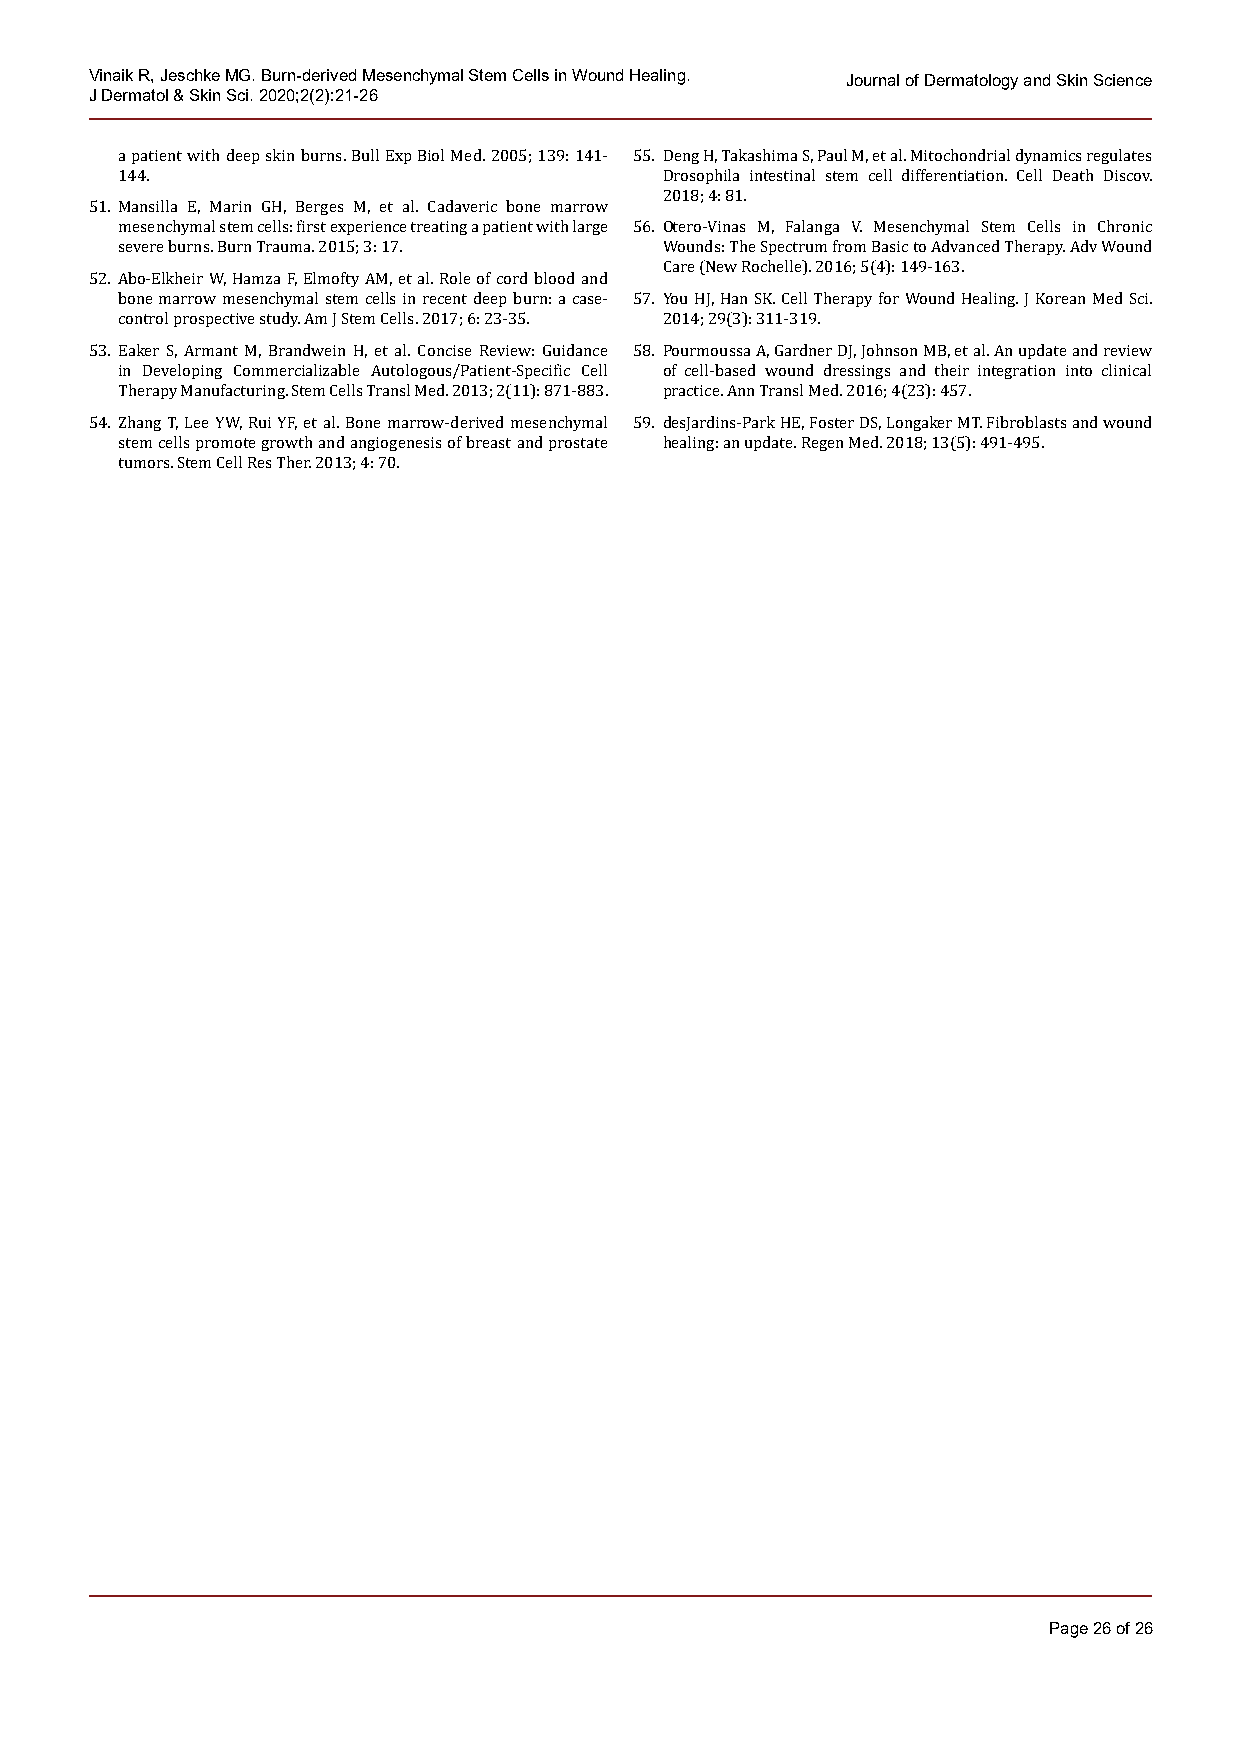
Vinaik R, Jeschke MG. Burn-derived Mesenchymal Stem Cells in Wound Healing. Journal of Dermatology and Skin Science
 J Dermatol & Skin Sci. 2020;2(2):21-26
 a patient with deep skin burns. Bull Exp Biol Med. 2005; 139: 141- 55. Deng H, Takashima S, Paul M, et al. Mitochondrial dynamics regulates
 144.                                Drosophila intestinal stem cell differentiation. Cell Death Discov.
 2018; 4: 81.
 51. Mansilla E, Marin GH, Berges M, et al. Cadaveric bone marrow
 mesenchymal stem cells: first experience treating a patient with large 56. Otero-Vinas M, Falanga V. Mesenchymal Stem Cells in Chronic
 severe burns. Burn Trauma. 2015; 3: 17. Wounds: The Spectrum from Basic to Advanced Therapy. Adv Wound
 Care (New Rochelle). 2016; 5(4): 149-163.
 52. Abo-Elkheir W, Hamza F, Elmofty AM, et al. Role of cord blood and
 bone marrow mesenchymal stem cells in recent deep burn: a case- 57. You HJ, Han SK. Cell Therapy for Wound Healing. J Korean Med Sci.
 control prospective study. Am J Stem Cells. 2017; 6: 23-35. 2014; 29(3): 311-319.
 53. Eaker S, Armant M, Brandwein H, et al. Concise Review: Guidance 58. Pourmoussa A, Gardner DJ, Johnson MB, et al. An update and review
 in Developing Commercializable Autologous/Patient-Specific Cell of cell-based wound dressings and their integration into clinical
 Therapy Manufacturing. Stem Cells Transl Med. 2013; 2(11): 871-883. practice. Ann Transl Med. 2016; 4(23): 457.
 54. Zhang T, Lee YW, Rui YF, et al. Bone marrow-derived mesenchymal 59. desJardins-Park HE, Foster DS, Longaker MT. Fibroblasts and wound
 stem cells promote growth and angiogenesis of breast and prostate healing: an update. Regen Med. 2018; 13(5): 491-495.
 tumors. Stem Cell Res Ther. 2013; 4: 70.
 Page 26 of 26